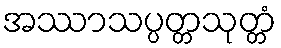
အဿာသပ္ပတ္တသုတ္တံ